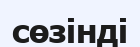
сөзінді